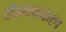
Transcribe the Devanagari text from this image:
हेइनकल